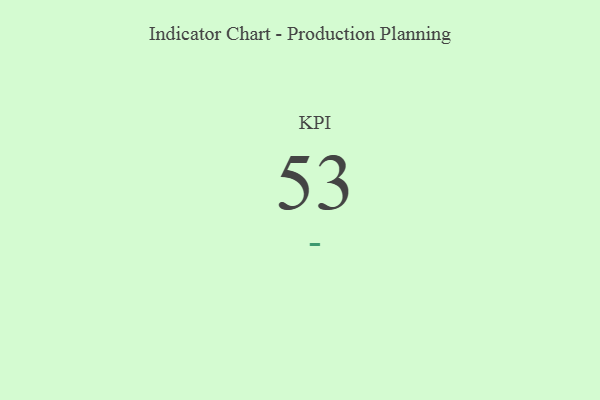
{"axis": {"x": "KPI", "y": "Value"}, "legend": [""], "data": [{"x": "KPI", "y": 53, "type": ""}]}